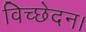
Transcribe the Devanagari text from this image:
विच्छेदन।